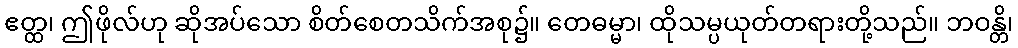
ဧတ္ထ၊ ဤဖိုလ်ဟု ဆိုအပ်သော စိတ်စေတသိက်အစု၌။ တေဓမ္မာ၊ ထိုသမ္ပယုတ်တရားတို့သည်။ ဘဝန္တိ၊